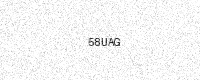
Text: 58UAG